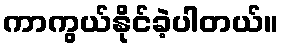
ကာကွယ်နိုင်ခဲ့ပါတယ်။